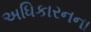
અધિકારનના